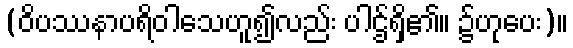
(ဝိပဿနာပရိဝါသေဟူ၍လည်း ပါဌ်ရှိ၏။ ၌ဟုပေး)။